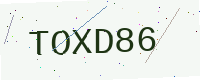
Text: TOXD86